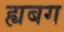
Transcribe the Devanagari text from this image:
ह्यबग